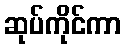
ဆုပ်ကိုင်ကာ